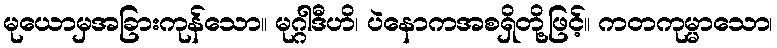
မုယောမှအခြားကုန်သော။ မုဂ္ဂါဒီဟိ၊ ပဲနောကအစရှိတို့ဖြင့်။ ကတကုမ္မာသော၊